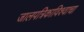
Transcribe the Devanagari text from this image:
जालपत्रिकाविश्वाचा